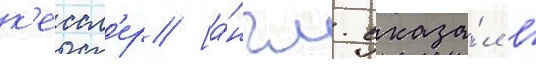
к'ессл'ер [а́нгл. сказа́л в